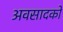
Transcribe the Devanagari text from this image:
अवसादकों